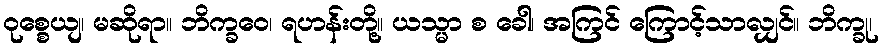
ဝုစ္စေယျ၊ မဆိုရာ။ ဘိက္ခဝေ၊ ရဟန်းတို့။ ယသ္မာ စ ခေါ၊ အကြင် ကြောင့်သာလျှင်။ ဘိက္ခု၊